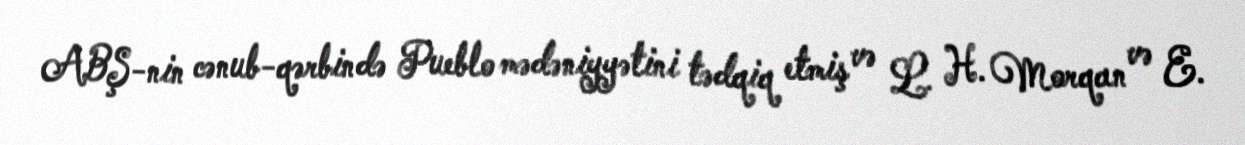
ABŞ-nin cənub-qərbində Pueblo mədəniyyətini tədqiq etmiş və L. H. Morqan və E.